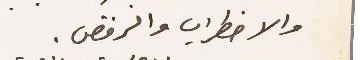
والاضطراب والرفص.